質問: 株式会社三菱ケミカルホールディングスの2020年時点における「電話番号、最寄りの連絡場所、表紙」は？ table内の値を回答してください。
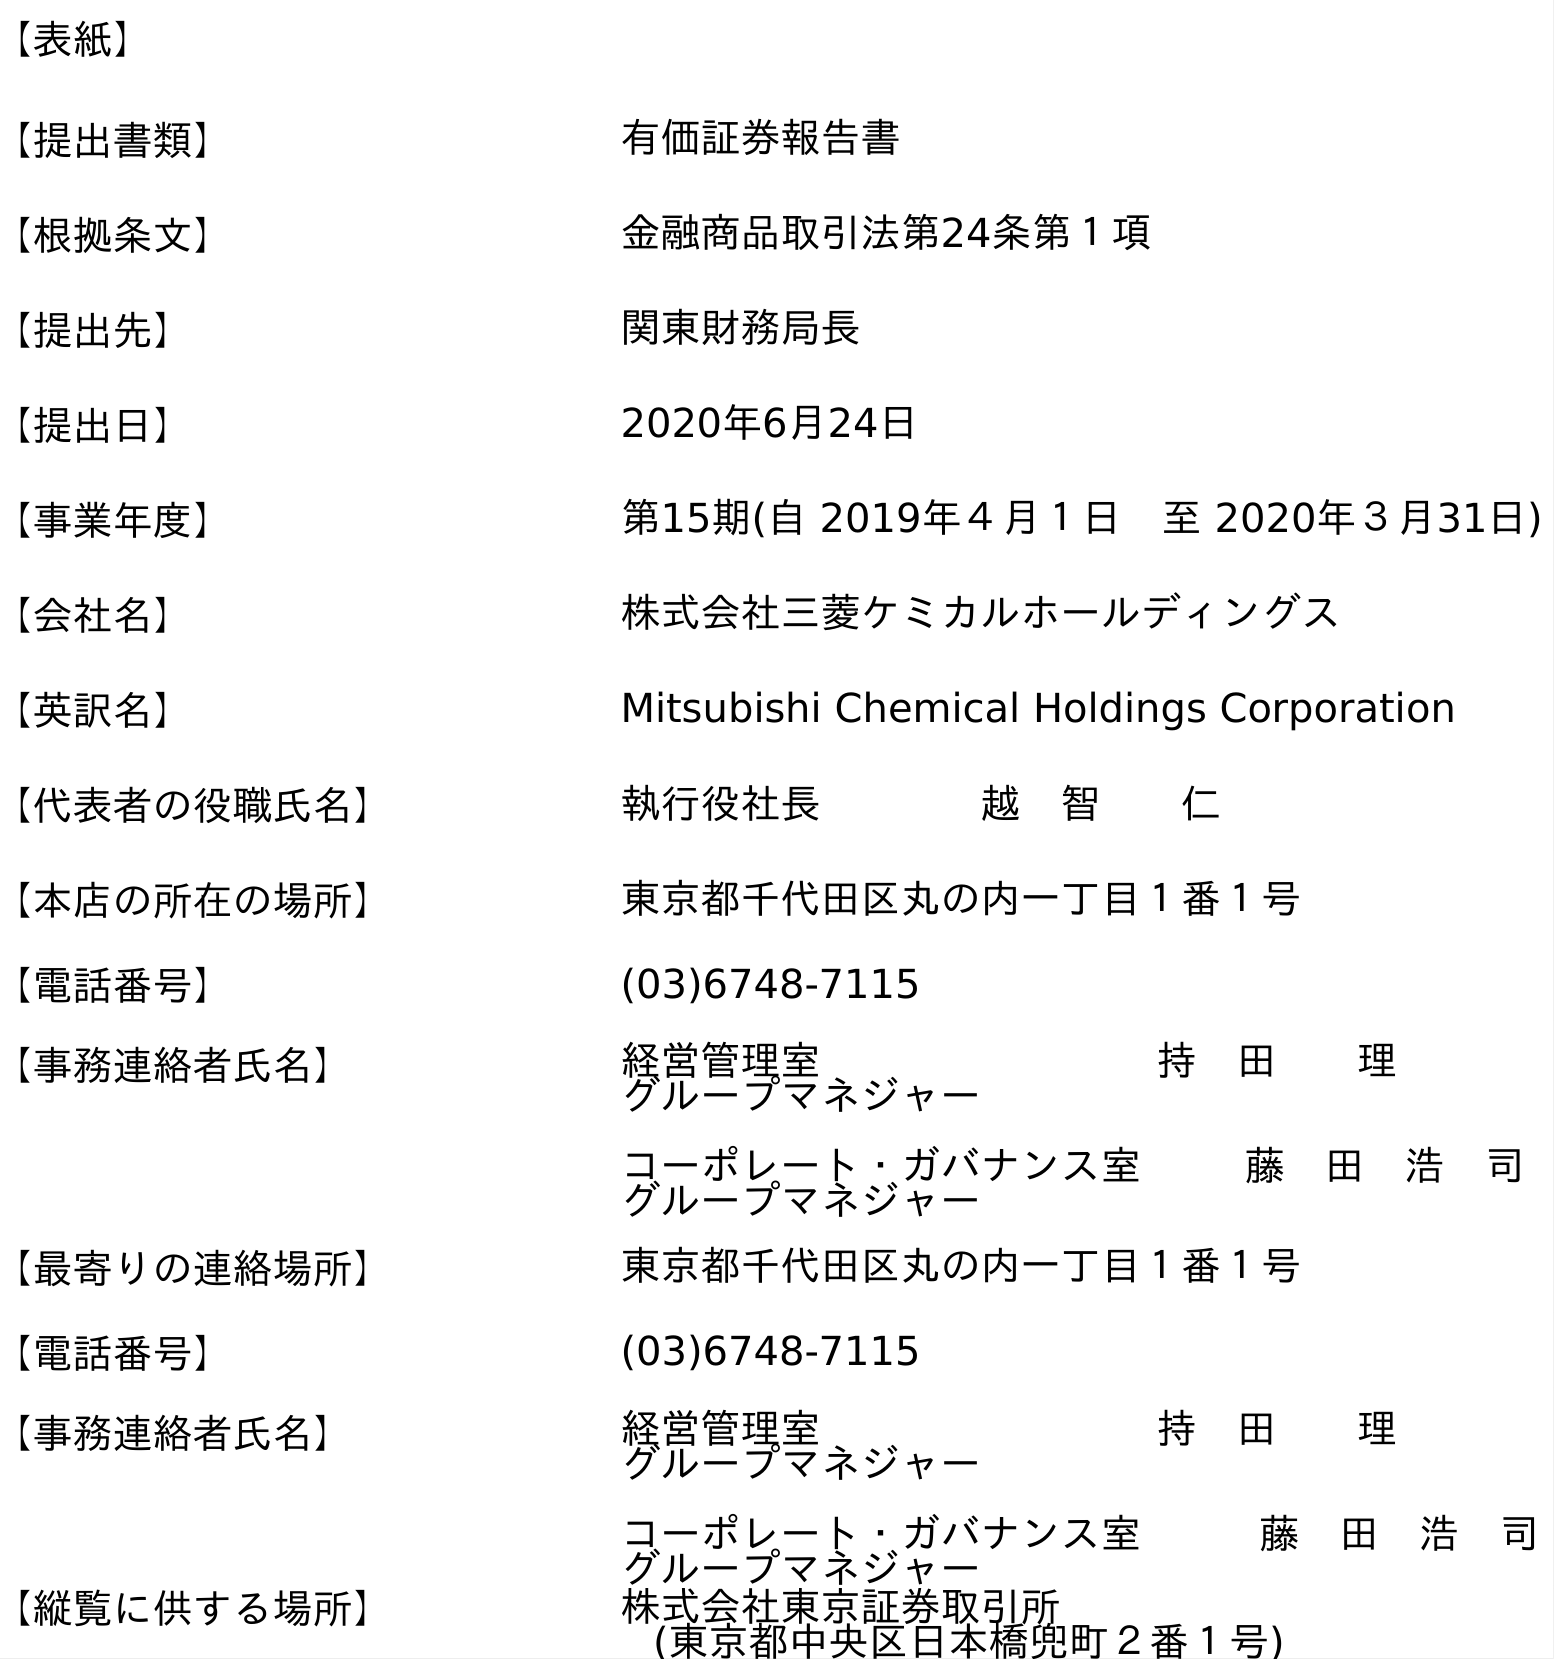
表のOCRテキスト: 【表紙】 【提出書類】 有価証券報告書 【根拠条文】 金融商品取引法第24条第１項 【提出先】 関東財務局長 【提出日】 2020年6月24日 【事業年度】 第15期(自 2019年４月１日 至 2020年３月31日) 【会社名】 株式会社三菱ケミカルホールディングス 【英訳名】 Mitsubishi Chemical Holdings Corporation 【代表者の役職氏名】 執行役社長    越 智  仁 【本店の所在の場所】 東京都千代田区丸の内一丁目１番１号 【電話番号】 (03)6748-7115 【事務連絡者氏名】 経営管理室    持 田  理 グループマネジャー コーポレート・ガバナンス室  藤 田 浩 司 グループマネジャー 【最寄りの連絡場所】 東京都千代田区丸の内一丁目１番１号 【電話番号】 (03)6748-7115 【事務連絡者氏名】 経営管理室    持 田  理 グループマネジャー コーポレート・ガバナンス室   藤 田 浩 司 グループマネジャー 【縦覧に供する場所】 株式会社東京証券取引所 (東京都中央区日本橋兜町２番１号)
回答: (03)6748-7115